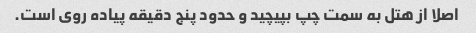
اصلا از هتل به سمت چپ بپیچید و حدود پنج دقیقه پیاده روی است.